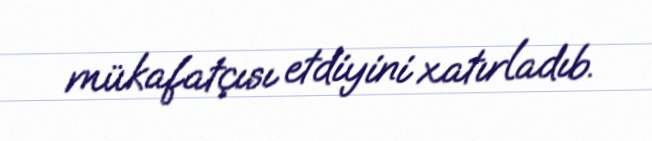
mükafatçısı etdiyini xatırladıb.